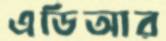
এডিআর